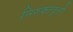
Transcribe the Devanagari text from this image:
निरुक्तवृत्तौ